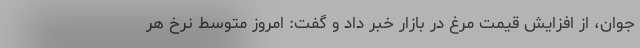
جوان، از افزایش قیمت مرغ در بازار خبر داد و گفت: امروز متوسط نرخ هر